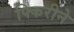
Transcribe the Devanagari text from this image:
फ्किरीने